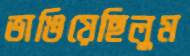
ভাঙিয়েছিলুম